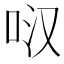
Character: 𭇙